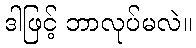
ဒါဖြင့် ဘာလုပ်မလဲ။